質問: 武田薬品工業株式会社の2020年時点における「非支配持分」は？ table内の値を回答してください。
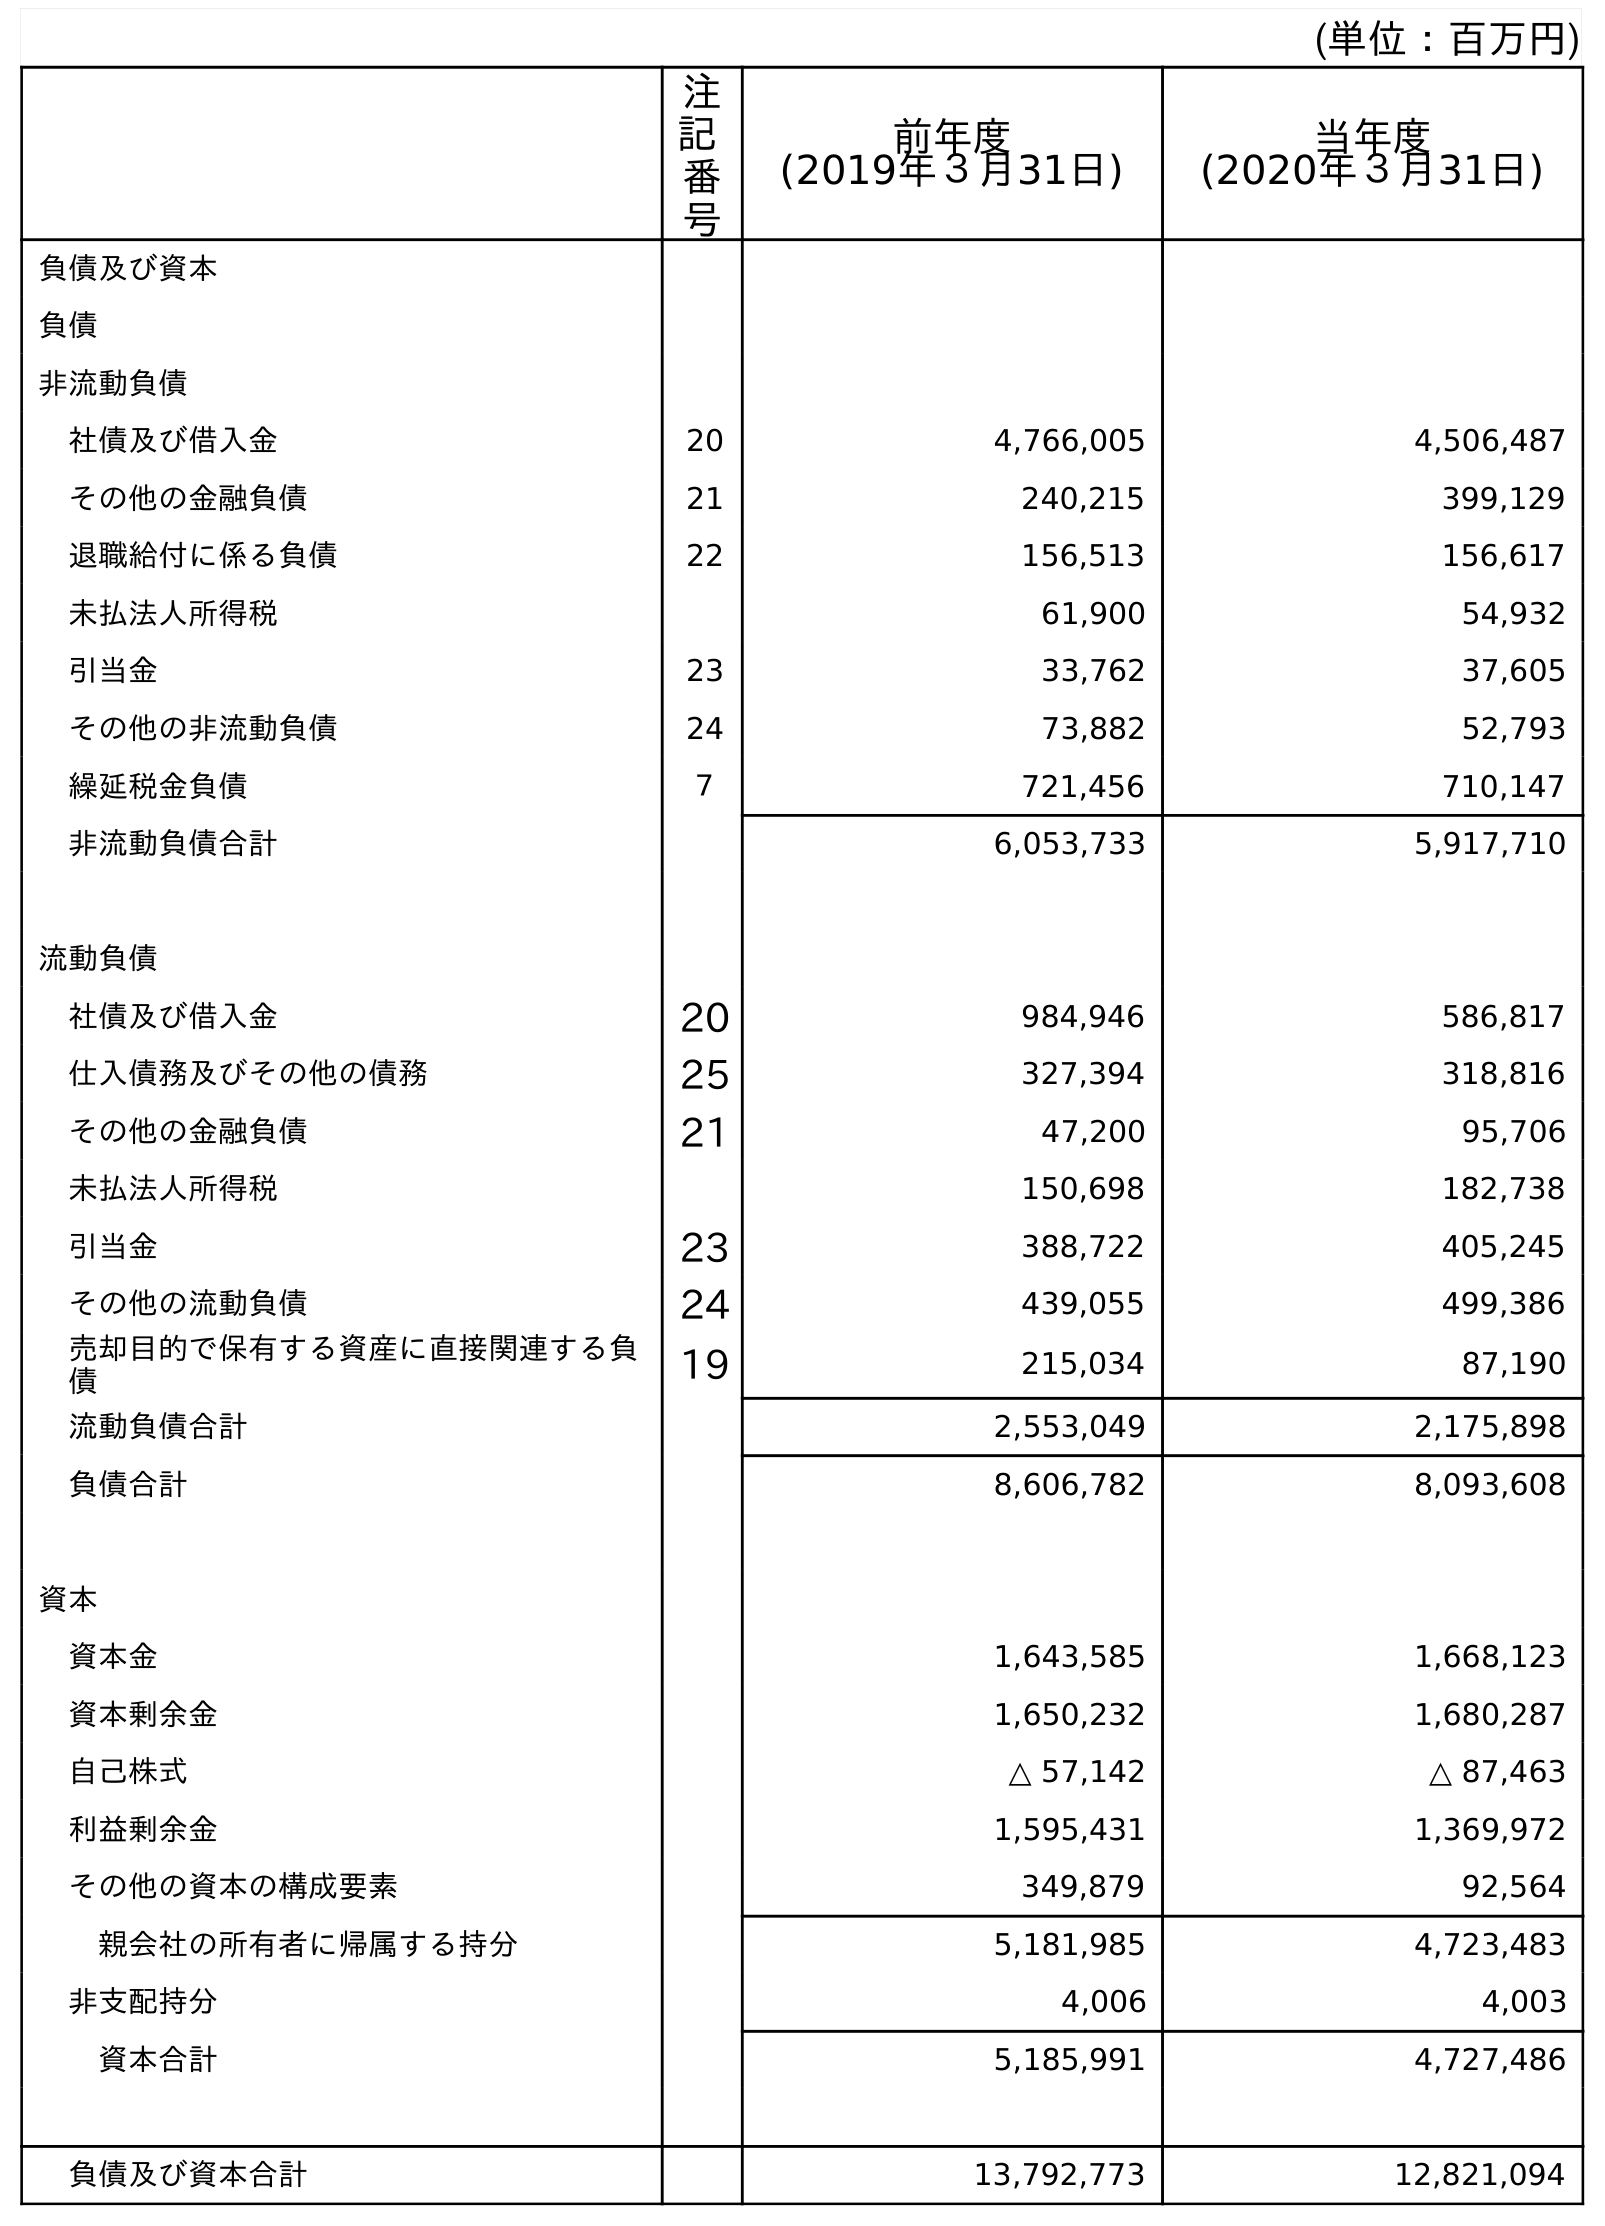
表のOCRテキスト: (単位：百万円) 注 記 番 号 前年度 (2019年３月31日) 当年度 (2020年３月31日) 負債及び資本 負債 非流動負債 社債及び借入金 20 4,766,005 4,506,487 その他の金融負債 21 240,215 399,129 退職給付に係る負債 22 156,513 156,617 未払法人所得税 61,900 54,932 引当金 23 33,762 37,605 その他の非流動負債 24 73,882 52,793 繰延税金負債 ７ 721,456 710,147 非流動負債合計 6,053,733 5,917,710 流動負債 社債及び借入金 20 984,946 586,817 仕入債務及びその他の債務 25 327,394 318,816 その他の金融負債 21 47,200 95,706 未払法人所得税 150,698 182,738 引当金 23 388,722 405,245 その他の流動負債 24 439,055 499,386 売却目的で保有する資産に直接関連する負 債 19 215,034 87,190 流動負債合計 2,553,049 2,175,898 負債合計 8,606,782 8,093,608 資本 資本金 1,643,585 1,668,123 資本剰余金 1,650,232 1,680,287 自己株式 △ 57,142 △ 87,463 利益剰余金 1,595,431 1,369,972 その他の資本の構成要素 349,879 92,564 親会社の所有者に帰属する持分 5,181,985 4,723,483 非支配持分 4,006 4,003 資本合計 5,185,991 4,727,486 負債及び資本合計 13,792,773 12,821,094
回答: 4,003